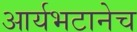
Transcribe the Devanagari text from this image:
आर्यभटानेच